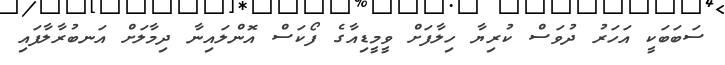
ސަބަބަކީ އަހަރު ދުވަސް ކުރިޔާ ހިލާފަށް ވީމީޑިއާގެ ފޯކަސް އޮންލައިނާ ދިމާލަށް އަނބުރާލާފައި